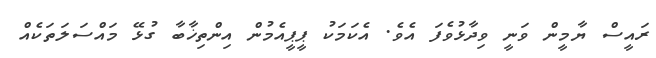
ރައީސް ޔާމީން ވަނީ ވިދާޅުވެފަ އެވެ. އެކަމަކު ޕީޕީއެމުން އިންތިޚާބާ ގުޅޭ މައްސަލަތަކެއް